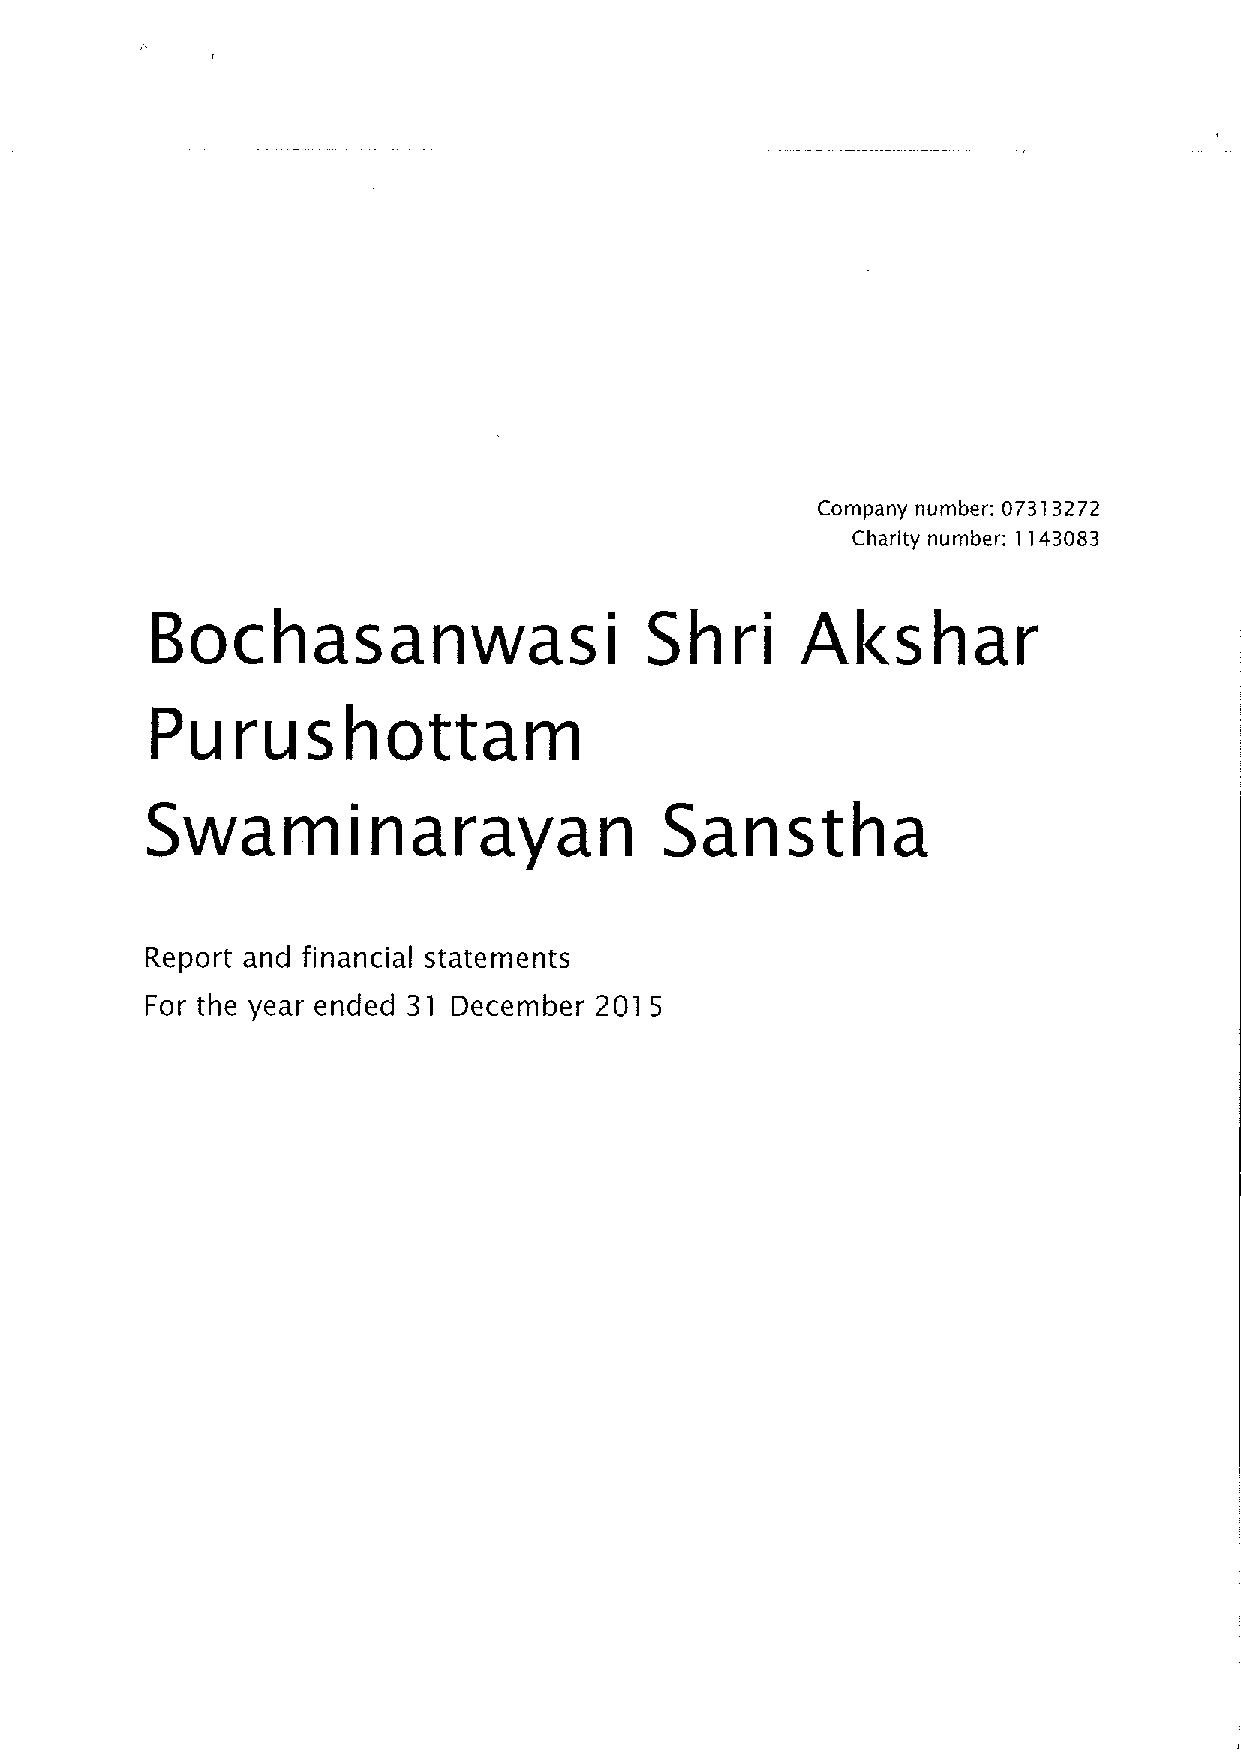
Company number: 07313272
 Charity number: 1143083
 Bochasanwasi                     Shri      Akshar
 Purushottam
 Swaminarayan                      Sanstha
 Report and financial statements
 For the year ended 31 December 2015